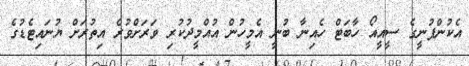
އެކުންފުނީގެ ސީއީއޯ ހާބަޓް ހެއިނާ ބުނީ އެމީހުން އުއްމީދުކުރި ވަރަށްވުރެ އިތުރަށް ޔުނައިޓެޑުގެ